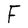
Character: F